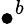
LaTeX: \bullet^{b}